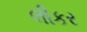
લીકર